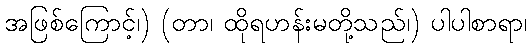
အဖြစ်ကြောင့်၊) (တာ၊ ထိုရဟန်းမတို့သည်၊) ပါပါစာရာ၊